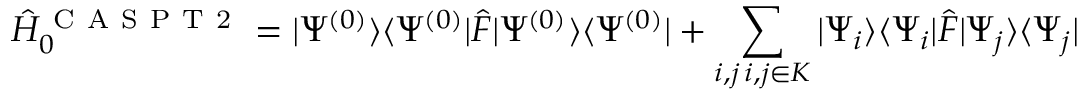
\hat { H } _ { 0 } ^ { \mathrm { ~ C ~ A ~ S ~ P ~ T ~ 2 ~ } } = | \Psi ^ { ( 0 ) } \rangle \langle \Psi ^ { ( 0 ) } | \hat { F } | \Psi ^ { ( 0 ) } \rangle \langle \Psi ^ { ( 0 ) } | + \sum _ { \substack { i , j \, i , j \in K } } | \Psi _ { i } \rangle \langle \Psi _ { i } | \hat { F } | \Psi _ { j } \rangle \langle \Psi _ { j } |